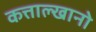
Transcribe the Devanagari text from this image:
कत्ताल्खानो